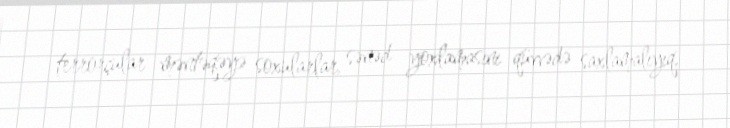
terrorçular məntəqəyə soxularlar, sənəd yoxlamasını qüvvədə saxlamalıyıq.